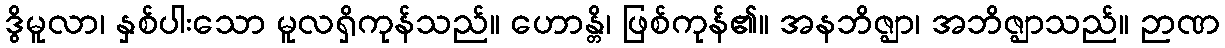
ဒွိမူလာ၊ နှစ်ပါးသော မူလရှိကုန်သည်။ ဟောန္တိ၊ ဖြစ်ကုန်၏။ အနဘိဇ္ဈာ၊ အဘိဇ္ဈာသည်။ ဉာဏ